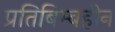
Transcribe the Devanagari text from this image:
प्रतिबिम्बहीन